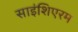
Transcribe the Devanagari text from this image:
साइंशिएरम